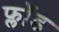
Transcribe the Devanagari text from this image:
फ्लॉड